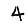
Digit: 4